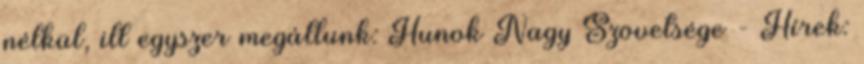
nélkül, ill egyszer megállunk: Hunok Nagy Szövetsége - Hírek: